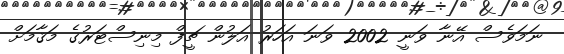
ނަމަވެސް އޭނާ ވަނީ 2002 ވަނަ އަހަރު އަލުން ޗީފް މިނިސްޓަރުގެ މަޤާމަށް